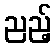
ညည့်